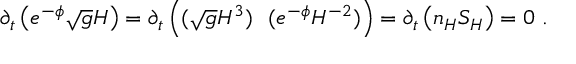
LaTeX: \partial _ { t } \left( e ^ { - \phi } \sqrt { g } H \right) = \partial _ { t } \left( ( \sqrt { g } H ^ { 3 } ) ~ ~ ( e ^ { - \phi } H ^ { - 2 } ) \right) = \partial _ { t } \left( n _ { H } S _ { H } \right) = 0 ~ .